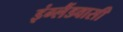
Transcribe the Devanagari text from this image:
इंग्लैंडवासी